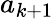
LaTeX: a_{k+1}